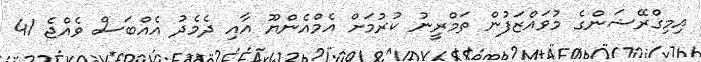
އިމިގްރޭޝަންގެ މުވައްޒަފުން ތަމްރީނު ކުރުމަށް އެމްއެންޔޫ އާއި ދެމެދު އެއްބަސް ވެއްޖެ 41